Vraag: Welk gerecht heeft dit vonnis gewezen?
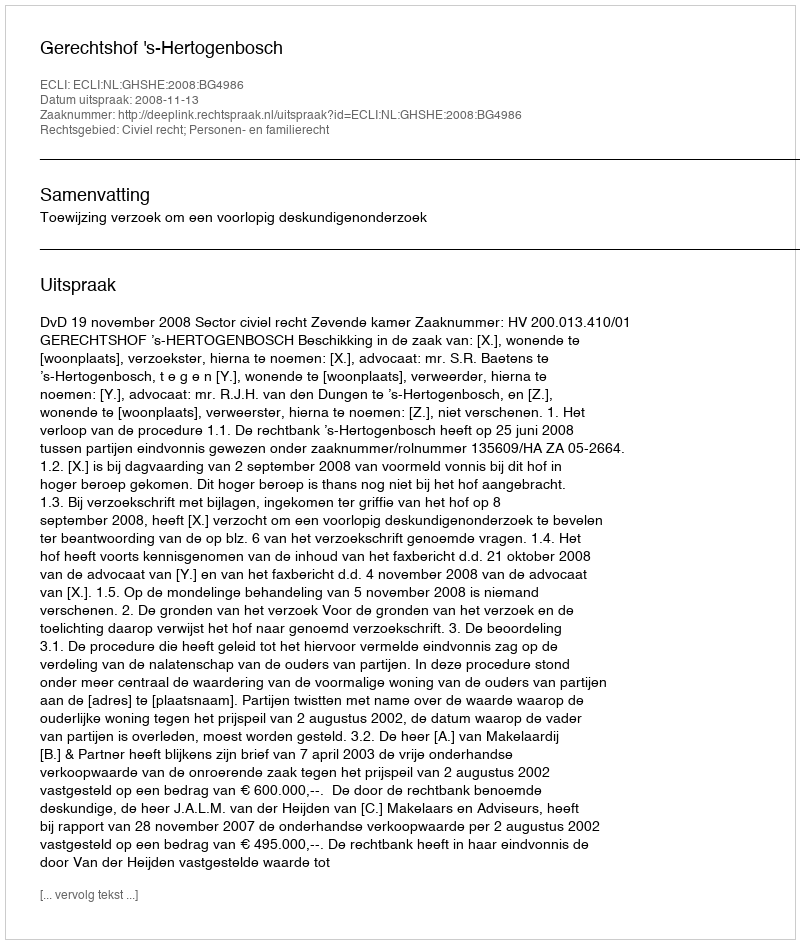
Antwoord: Gerechtshof 's-Hertogenbosch